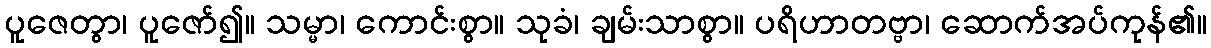
ပူဇေတွာ၊ ပူဇော်၍။ သမ္မာ၊ ကောင်းစွာ။ သုခံ၊ ချမ်းသာစွာ။ ပရိဟာတဗ္ဗာ၊ ဆောက်အပ်ကုန်၏။